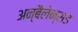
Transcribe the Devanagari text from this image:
अन्बैलेन्सड